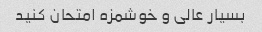
بسیار عالی و خوشمزه امتحان کنید